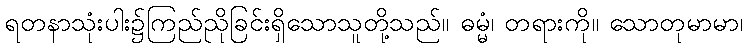
ရတနာသုံးပါး၌ကြည်ညိုခြင်းရှိသောသူတို့သည်။ ဓမ္မံ၊ တရားကို။ သောတုမာမာ၊